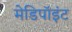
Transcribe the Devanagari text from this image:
मेडिपॉइंट